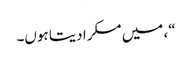
“، میں مسکرا دیتا ہوں۔